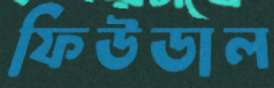
ফিউডাল